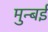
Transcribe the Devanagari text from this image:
मुन्बई